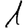
Digit: 1